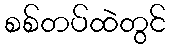
စစ်တပ်ထဲတွင်